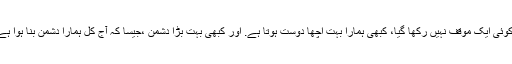
ہماری دھرتی ماں نے امریکہ کے لیے ہمیشہ سے کوئی ایک موقف نہیں رکھا گیا، کبھی ہمارا بہت اچھا دوست ہوتا ہے. اور کبھی بہت بڑا دشمن ،جیسا کہ آج کل ہمارا دشمن بنا ہوا ہے، ہمیں کہتا ہے تم لوگ دہشتگردوں کو پال رہے ہو۔